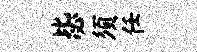
毖须任